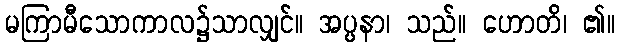
မကြာမီသောကာလ၌သာလျှင်။ အပ္ပနာ၊ သည်။ ဟောတိ၊ ၏။